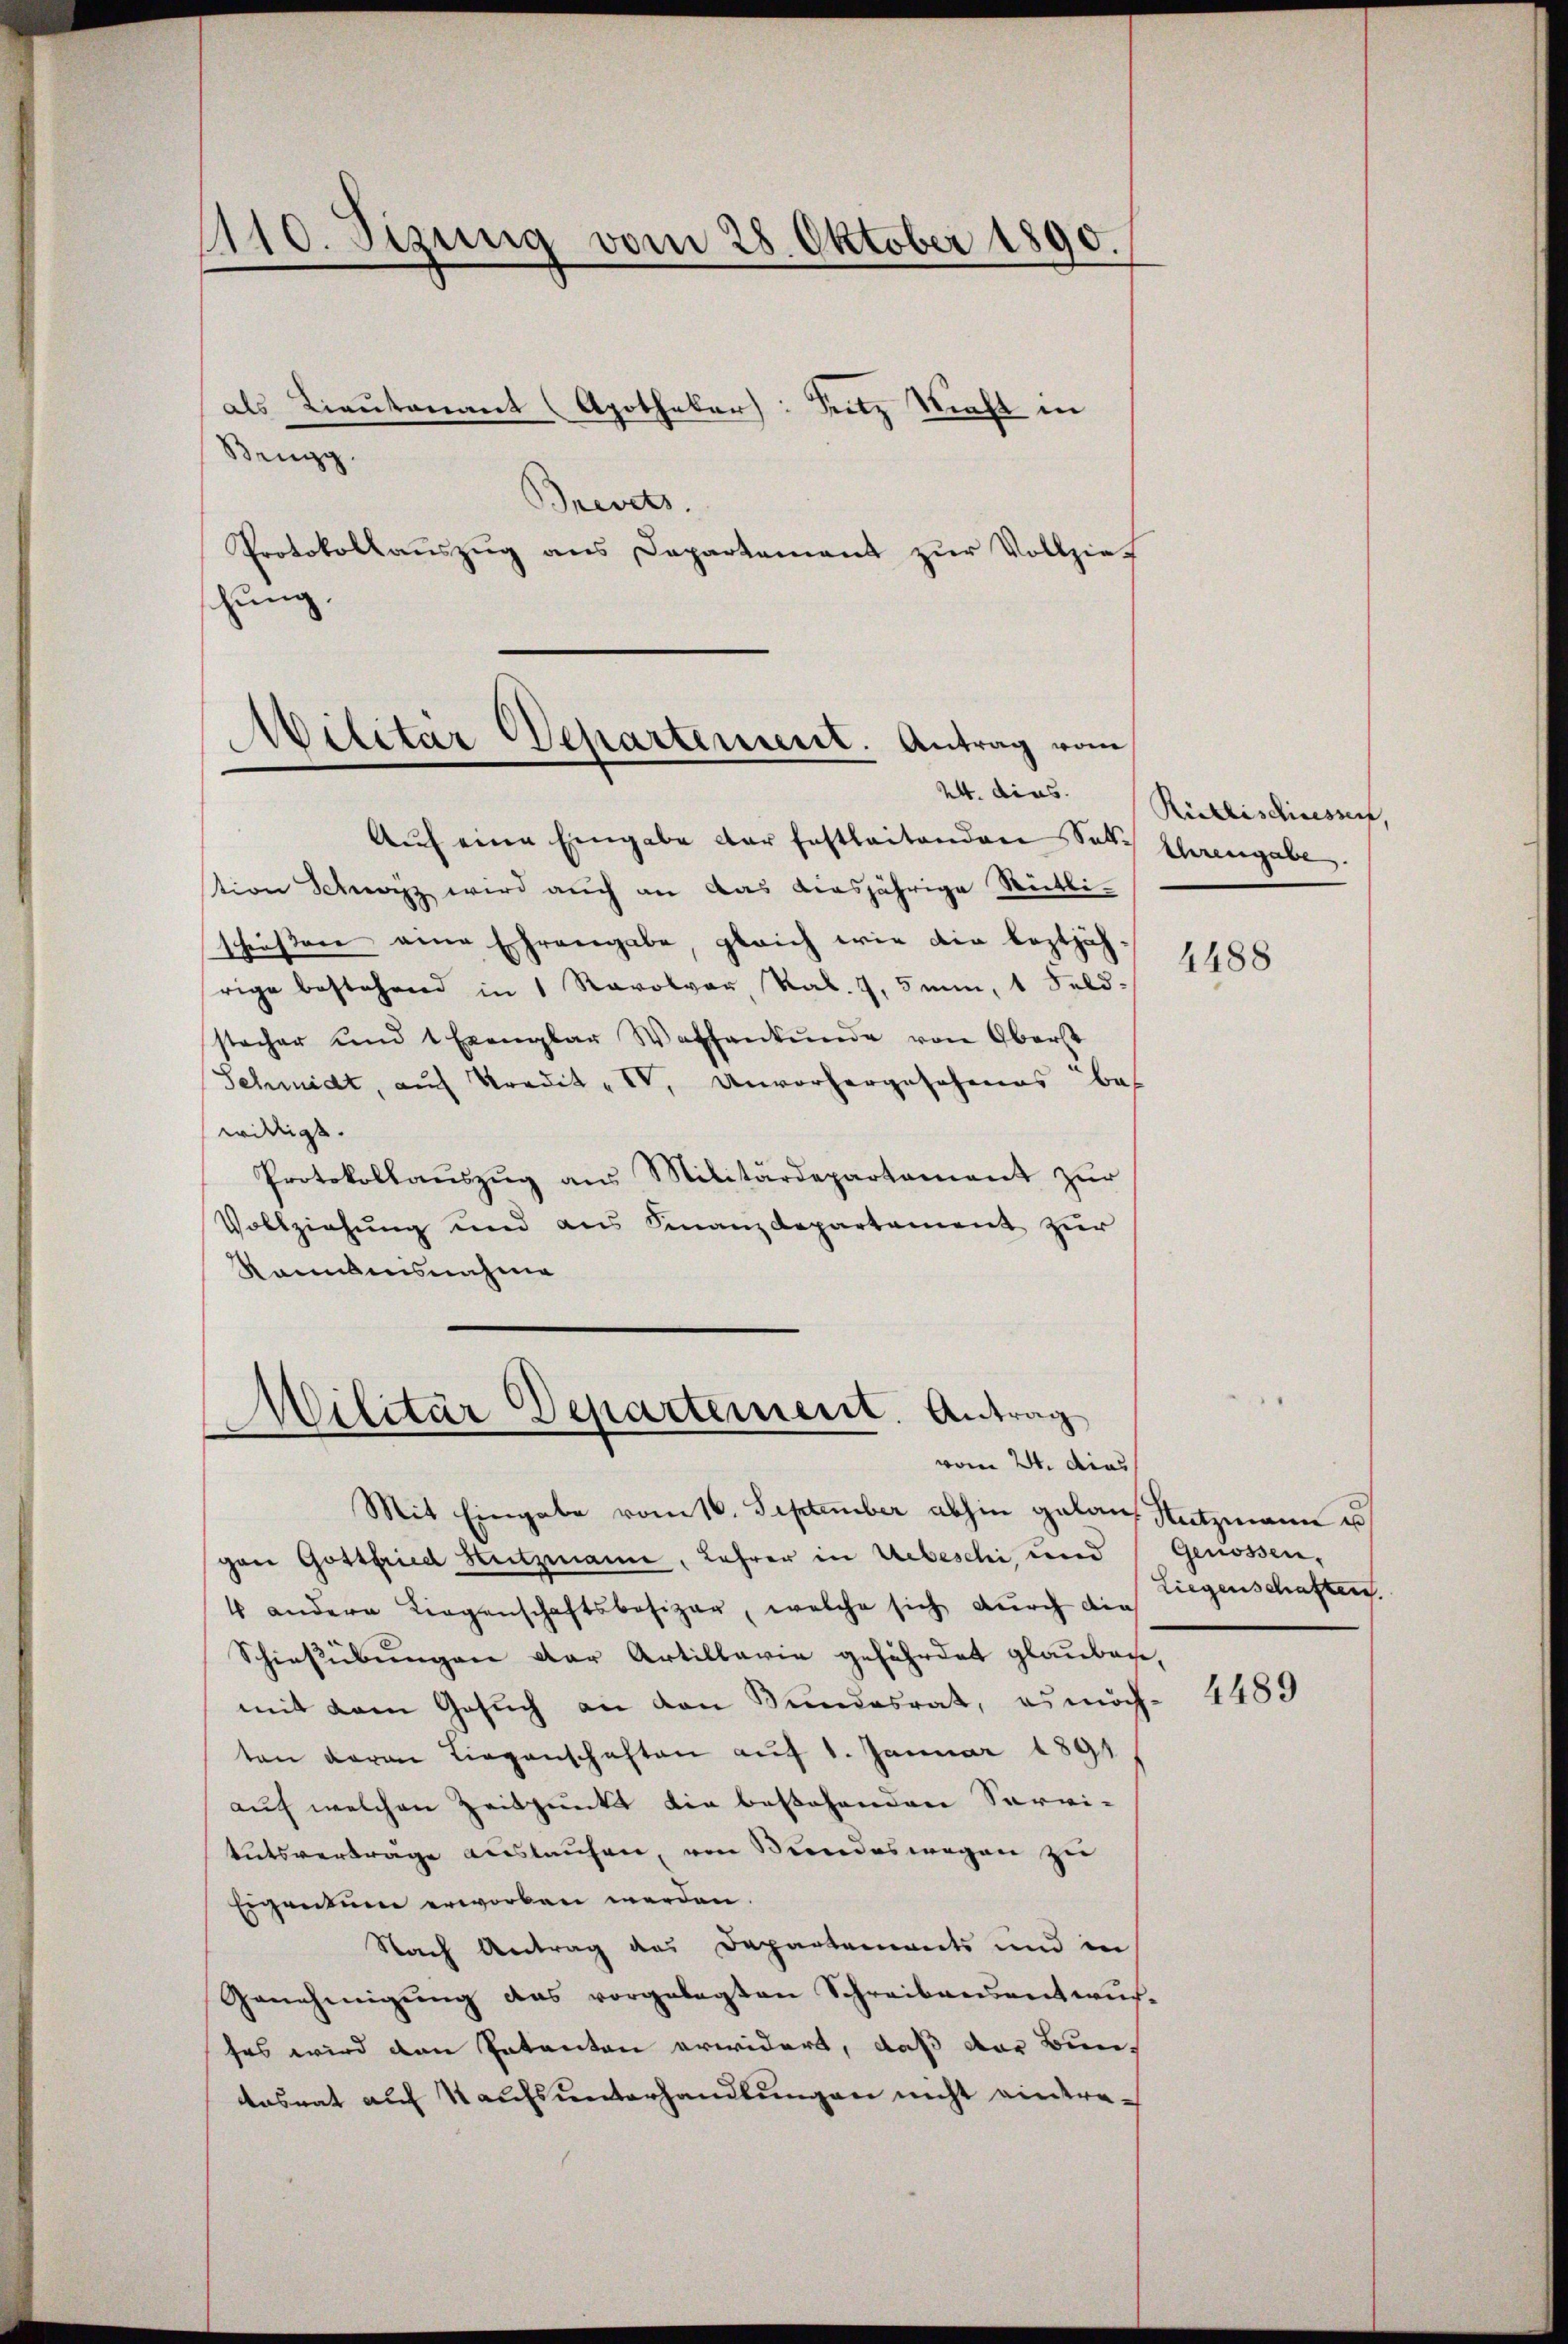
110. Sizung vom 28. Oktober 1890.

Brevets.
Protokollaŭszŭg ans Departement zŭr Vollzieh
hung.

Brugg.

als Lieutenant (Apothekar: Sitz Sieht in

Militar Departement. Antrag vom
24. dies

Militar Departement. Antrag
vom 24. dies

Aŭf eine Eingabe der festleitenden Sat
tion Schwyz wird auch an das diesjährige Rütti-
schießen eine Ehrengabe, gleich wie die leztjährige bestehend in 1 Revolver Ral. 7,5m, 1 Feld-
stecher und 1 Exemplar Waffenkunde von Oberst
Schmidt, auch Predit "IV, Unvorhergesehenes bes
wridlig.
Protokollaŭszŭg aŭs Militärdepartament zŭr
Vollziehung und aus Finanzdepartement zur
Kanntnisnahme

Rükbischisessert,
Uhrengabe.

Mit Eingabe vom 16. September abhin gelauf Stützmann e
gen Gottfried Hutzmann, Lehrer in Uebeschi, und
4 andere Liegenschaftsbesizer, welche sich durch die
Schießübungen der Artillaria gefährdet glauben,
mit dem Gesuch an den Kundesrat, es möch-
ten daran Liegenschaften auf 1. Januar 1891
auf welchen Zeitpunkt die bestehenden Servi-
tutsverträge auslaufen, von Bundeswegen zu
Eigentum erworben werden.
Nach Antrag des Departements und in
Genehmigŭng des vorgelegten Schreibensentwŭch-
ses wird den Patenten erwidert, daß das Buntasnat auf Kaufsunterhandlungen nicht eintre-

4488

Genossen.
Liegenschaften.

4489